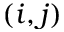
( i , j )